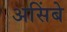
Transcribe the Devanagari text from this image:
असिंबे